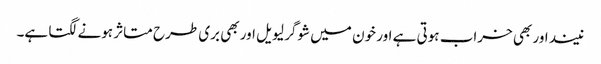
نیند اور بھی خراب ہوتی ہے اور خون میں شوگر لیویل اور بھی بری طرح متاثر ہونے لگتا ہے۔